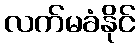
လက်မခံနိုင်